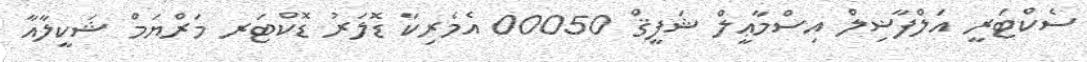
ސެކްޓަރީ އަލްފާޟިލް އިސްމާޢީލް ޝަފީޤް 00050 އެމެރިކާ ޑޮލަރު ޑޮކްޓަރ މަރްޔަމް ޝަކީލާއާ